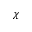
\chi